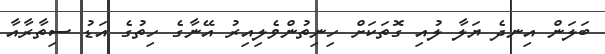
ބަލަން އިނދެ ޔަލާ ލުއި ގޮތަކަށް ހިނިތުންވެލިއިރު އޭނާގެ ހިތުގެ އަޑު ސިތާރާއާ